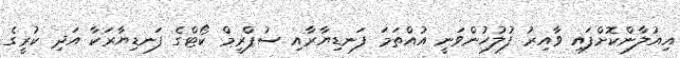
އިއުލާންކޮށްފައި ވާއިރު ފުލުހުންވަނީ އުއްތަމަ ފަނޑިޔާރާއި ސުޕްރީމް ކޯޓްގެ ފަނޑިޔާރަކާ އަދި ކުރީގެ